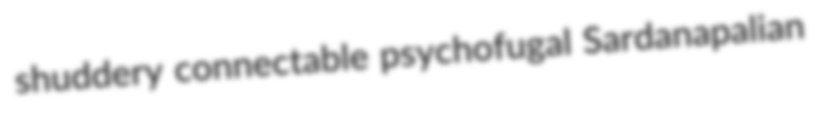
shuddery connectable psychofugal Sardanapalian